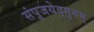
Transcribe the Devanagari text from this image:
संपूजयेद्गुरुम्